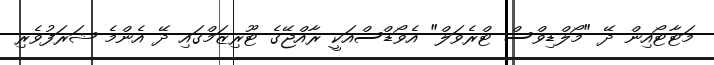
މަޓާޓޯއިން ދޭ "މޯލްޑިވްސް ޓްރެވަލް" އެވޯޑްސްއަކީ ރާއްޖޭގެ ޓޫރިޒަމްގައި ދޭ އެންމެ ޝަރަފުވެރި